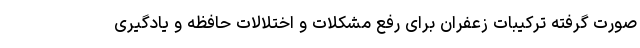
صورت گرفته ترکیبات زعفران برای رفع مشکلات و اختلالات حافظه و یادگیری